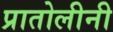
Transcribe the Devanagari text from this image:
प्रातोलीनी